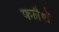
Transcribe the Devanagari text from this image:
फलैशें